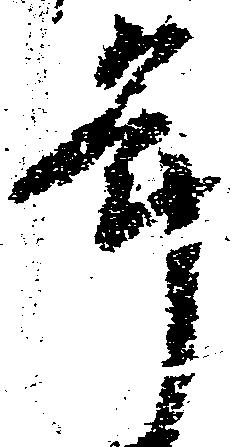
年